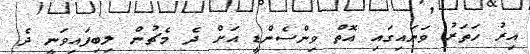
އިރު ހަތަރު ވަނައިގައި އޮތް ވިންސެންޑީ އަށް ދެ މެޗުން ލިބިފައިވަނީ ދެ